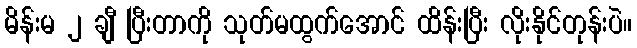
မိန်းမ ၂ ချီ ပြီးတာကို သုတ်မထွက်အောင် ထိန်းပြီး လိုးနိုင်တုန်းပဲ။